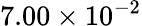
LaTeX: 7.00\times 10^{-2}